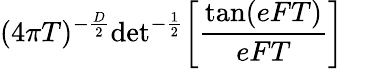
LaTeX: (4\pi T)^{-{\frac{D}{2}}}\mathrm{det}^{-{\frac{1}{2}}}\biggl[{\frac{\mathrm{tan}(eFT)}{eFT}}\biggr]\quad\,